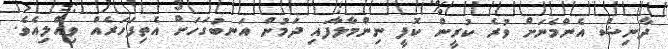
ދާނިޝް އެންމެނަށް ވުރެ ކުރީން ކޮފީ ނިންމާލާފައި ދަމުން އަނބުގަހަށް އެތިފަހަރެއް ވިއްލިއެވެ.